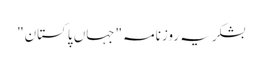
بشکریہ روزنامہ "جہاں پاکستان"